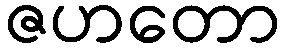
ဇဟတော